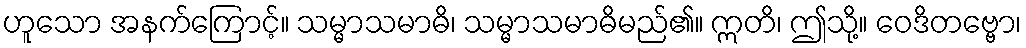
ဟူသော အနက်ကြောင့်။ သမ္မာသမာဓိ၊ သမ္မာသမာဓိမည်၏။ ဣတိ၊ ဤသို့။ ဝေဒိတဗ္ဗော၊